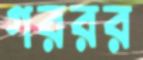
গররর